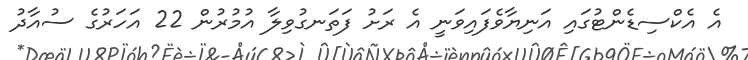
އެ އެކްސިޑެންޓުގައި އަނިޔާވެފައިވަނީ އެ ރަށު ފަތަނގުވިލާ އުމުރުން 22 އަހަރުގެ ސުއާދު